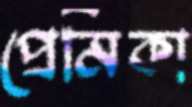
প্রেমিকা